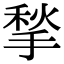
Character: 揫